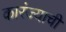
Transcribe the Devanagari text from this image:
कारंज्याची